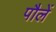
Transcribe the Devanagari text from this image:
पौलें